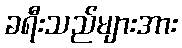
ခရီးသည်များအား